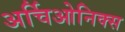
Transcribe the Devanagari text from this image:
अर्चिओनिक्स